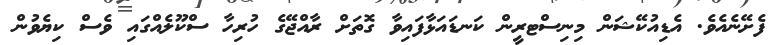
ފެށޭނެއެވެ. އެޑިއުކޭޝަން މިނިސްޓރީން ކަނޑައަޅާފައިވާ ގޮތަށް ރާއްޖޭގެ ހުރިހާ ސްކޫލެއްގައި ވެސް ކިޔެވުން